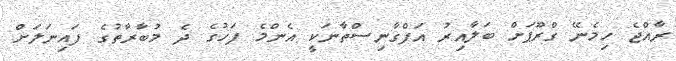
ރާއްޖެ ހިމެނޭ ގްރޫޕަށް ބަލާއިރު އަފްގާނިސްތާނަކީ އެންމެ ފަހުގެ ދެ މުބާރާތުގެ ފައިނަލަށް